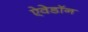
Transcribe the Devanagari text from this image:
ऐवेडॉन